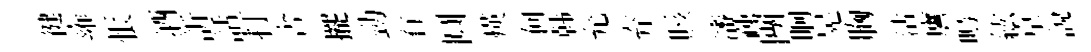
徤雍悵酒訢話打舎擺勁有圓煐何韩允弃賅瀋疎團晌晃胸沽譍嗚紘亰説